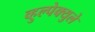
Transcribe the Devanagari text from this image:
व्हुल्पेक्युले